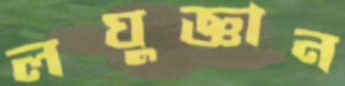
লঘুজ্ঞান